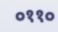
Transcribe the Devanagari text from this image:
०११०